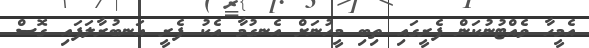
އެމީހާ ވެއްޓުނުކަން ފެރީގައި ތިބި މީހުނަށް އެނގުމާ އެކު ފެރީ އަނބުރާލަފައި ގޮސް